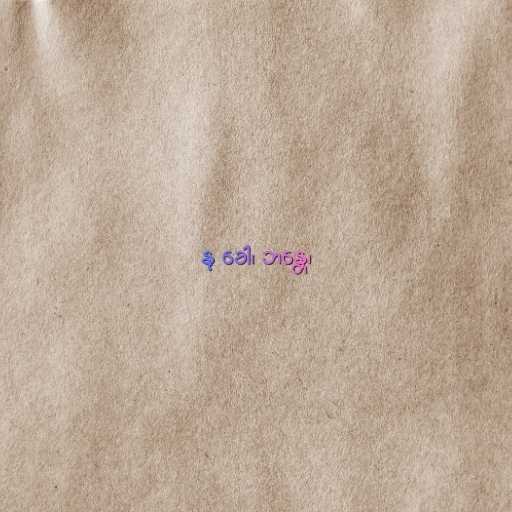
နု ခေါ၊ ဘန္တေ၊